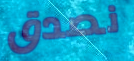
نصدق